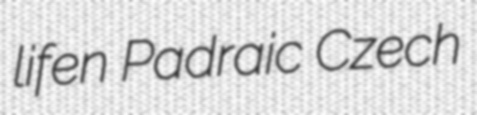
lifen Padraic Czech